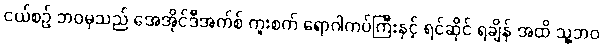
ငယ်စဉ် ဘဝမှသည် အေအိုင်ဒီအက်စ် ကူးစက် ရောဂါကပ်ကြီးနှင့် ရင်ဆိုင် ရချိန် အထိ သူ့ဘဝ